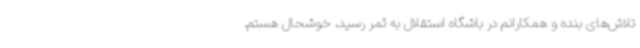
تلاش‌های بنده و همکارانم در باشگاه استقلال به ثمر رسید، خوشحال هستم.